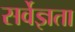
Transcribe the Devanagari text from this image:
सर्वेज्ञता